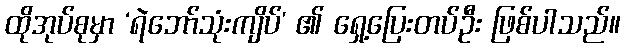
ထိုအုပ်စုမှာ ‘ရဲဘော်သုံးကျိပ်’ ၏ ရှေ့ပြေးတပ်ဦး ဖြစ်ပါသည်။